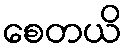
စေတယိ